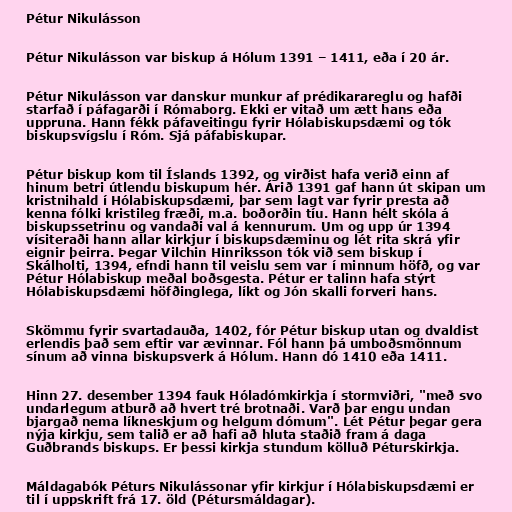
Pétur Nikulásson

Pétur Nikulásson var biskup á Hólum 1391 – 1411, eða í 20 ár.

Pétur Nikulásson var danskur munkur af prédikarareglu og hafði
starfað í páfagarði í Rómaborg. Ekki er vitað um ætt hans eða
uppruna. Hann fékk páfaveitingu fyrir Hólabiskupsdæmi og tók
biskupsvígslu í Róm. Sjá páfabiskupar.

Pétur biskup kom til Íslands 1392, og virðist hafa verið einn af
hinum betri útlendu biskupum hér. Árið 1391 gaf hann út skipan um
kristnihald í Hólabiskupsdæmi, þar sem lagt var fyrir presta að
kenna fólki kristileg fræði, m.a. boðorðin tíu. Hann hélt skóla á
biskupssetrinu og vandaði val á kennurum. Um og upp úr 1394
vísiteraði hann allar kirkjur í biskupsdæminu og lét rita skrá yfir
eignir þeirra. Þegar Vilchin Hinriksson tók við sem biskup í
Skálholti, 1394, efndi hann til veislu sem var í minnum höfð, og var
Pétur Hólabiskup meðal boðsgesta. Pétur er talinn hafa stýrt
Hólabiskupsdæmi höfðinglega, líkt og Jón skalli forveri hans.

Skömmu fyrir svartadauða, 1402, fór Pétur biskup utan og dvaldist
erlendis það sem eftir var ævinnar. Fól hann þá umboðsmönnum
sínum að vinna biskupsverk á Hólum. Hann dó 1410 eða 1411.

Hinn 27. desember 1394 fauk Hóladómkirkja í stormviðri, "með svo
undarlegum atburð að hvert tré brotnaði. Varð þar engu undan
bjargað nema líkneskjum og helgum dómum". Lét Pétur þegar gera
nýja kirkju, sem talið er að hafi að hluta staðið fram á daga
Guðbrands biskups. Er þessi kirkja stundum kölluð Péturskirkja.

Máldagabók Péturs Nikulássonar yfir kirkjur í Hólabiskupsdæmi er
til í uppskrift frá 17. öld (Pétursmáldagar).